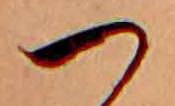
つ